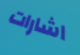
اشارات